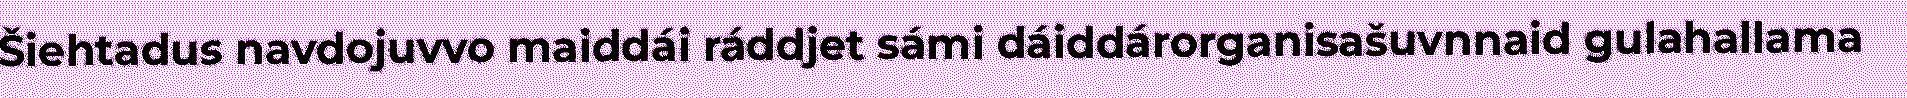
Šiehtadus navdojuvvo maiddái ráddjet sámi dáiddárorganisašuvnnaid gulahallama